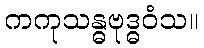
ကကုသန္ဓဗုဒ္ဓဝံသ။